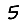
Digit: 5